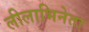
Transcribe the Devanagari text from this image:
लीलाभिनेता